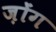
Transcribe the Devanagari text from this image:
ज़ोंग